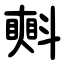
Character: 㪺